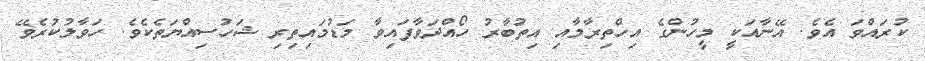
ކުރައްވަ އެވެ. އޭނާއަކީ މީހުންގެ އިހްތިރާމާއި އިތުބާރު ހޯއްދަވާފައިވާ މަޑުމައިތިރި ޝަހުސިއްޔަތެކެވެ. ހަވާލުކުރެވޭ